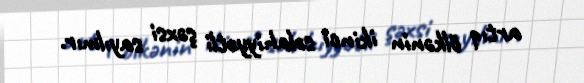
artıq ölkənin ikinci səlahiyyətli şəxsi sayılmır.